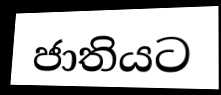
ජාතියට